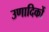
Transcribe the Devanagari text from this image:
उणादिकों